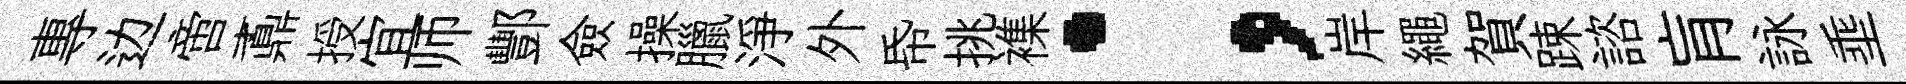
專边啻鼒授宜师酆僉操臘淨外帋挑襍；岸繩賀踈諮肓詠埀